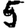
Digit: 5